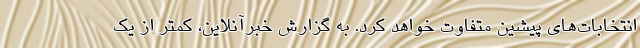
انتخابات‌های پیشین متفاوت خواهد کرد. به گزارش خبرآنلاین، کمتر از یک